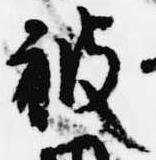
被